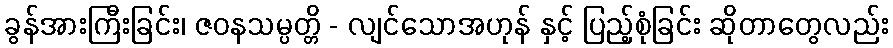
ခွန်အားကြီးခြင်း၊ ဇဝနသမ္ပတ္တိ - လျင်သောအဟုန် နှင့် ပြည့်စုံခြင်း ဆိုတာတွေလည်း